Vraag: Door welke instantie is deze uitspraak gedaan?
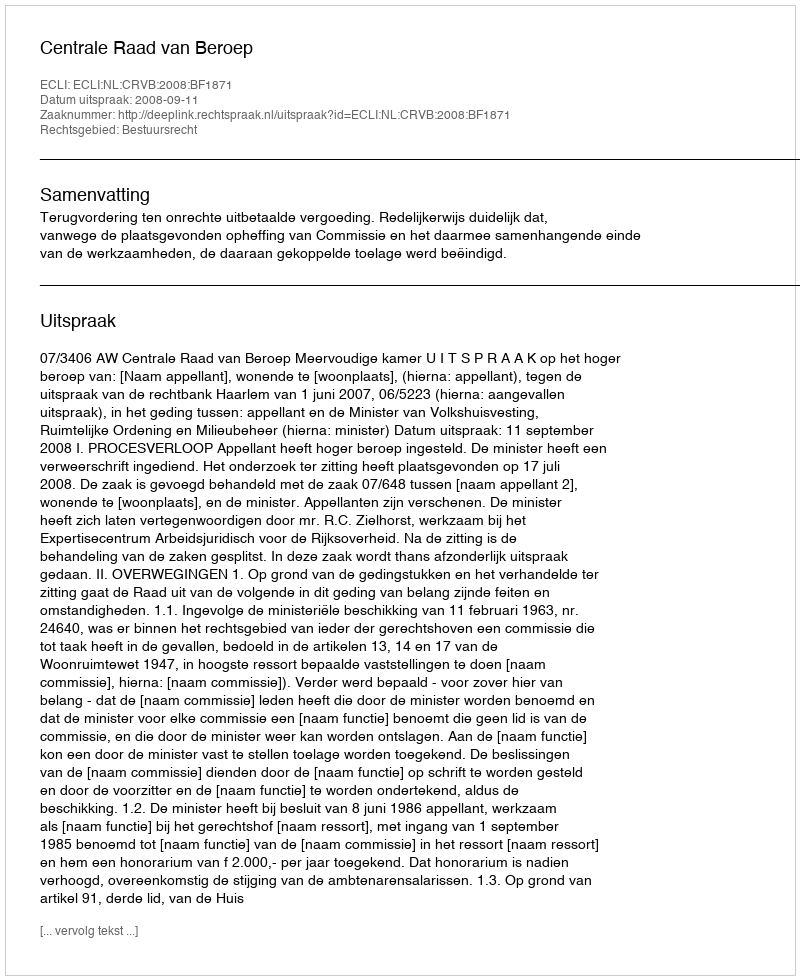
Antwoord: Centrale Raad van Beroep